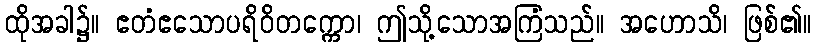
ထိုအခါ၌။ ဧတံဧသောပရိဝိတက္ကော၊ ဤသို့သောအကြံသည်။ အဟောသိ၊ ဖြစ်၏။